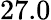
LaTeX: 27.0